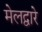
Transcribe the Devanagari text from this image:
मेलद्वारे